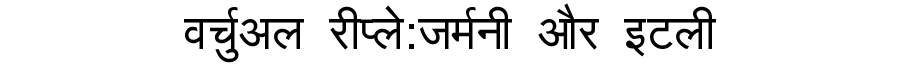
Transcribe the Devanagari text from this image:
वर्चुअल रीप्ले:जर्मनी और इटली